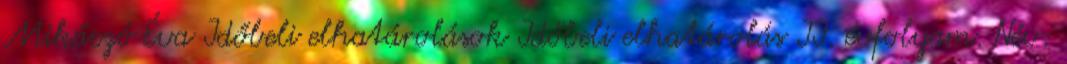
Mikáczó Éva Időbeli elhatárolások Időbeli elhatárolás II. évfolyam. Név: